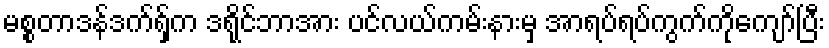
မစ္စတာဒန်ဒက်ရှ်က ဒရိုင်ဘာအား ပင်လယ်ကမ်းနားမှ အာရပ်ရပ်ကွက်ကိုကျော်ပြီး